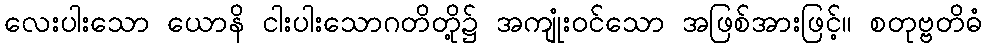
လေးပါးသော ယောနိ ငါးပါးသောဂတိတို့၌ အကျုံးဝင်သော အဖြစ်အားဖြင့်။ စတုဗ္ဗတိဓံ